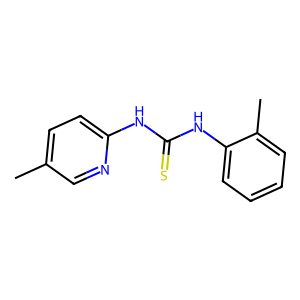
SMILES: Cc1ccc(NC(=S)Nc2ccccc2C)nc1
Inhibits HIV replication: No